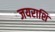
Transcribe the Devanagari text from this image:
जयराशि